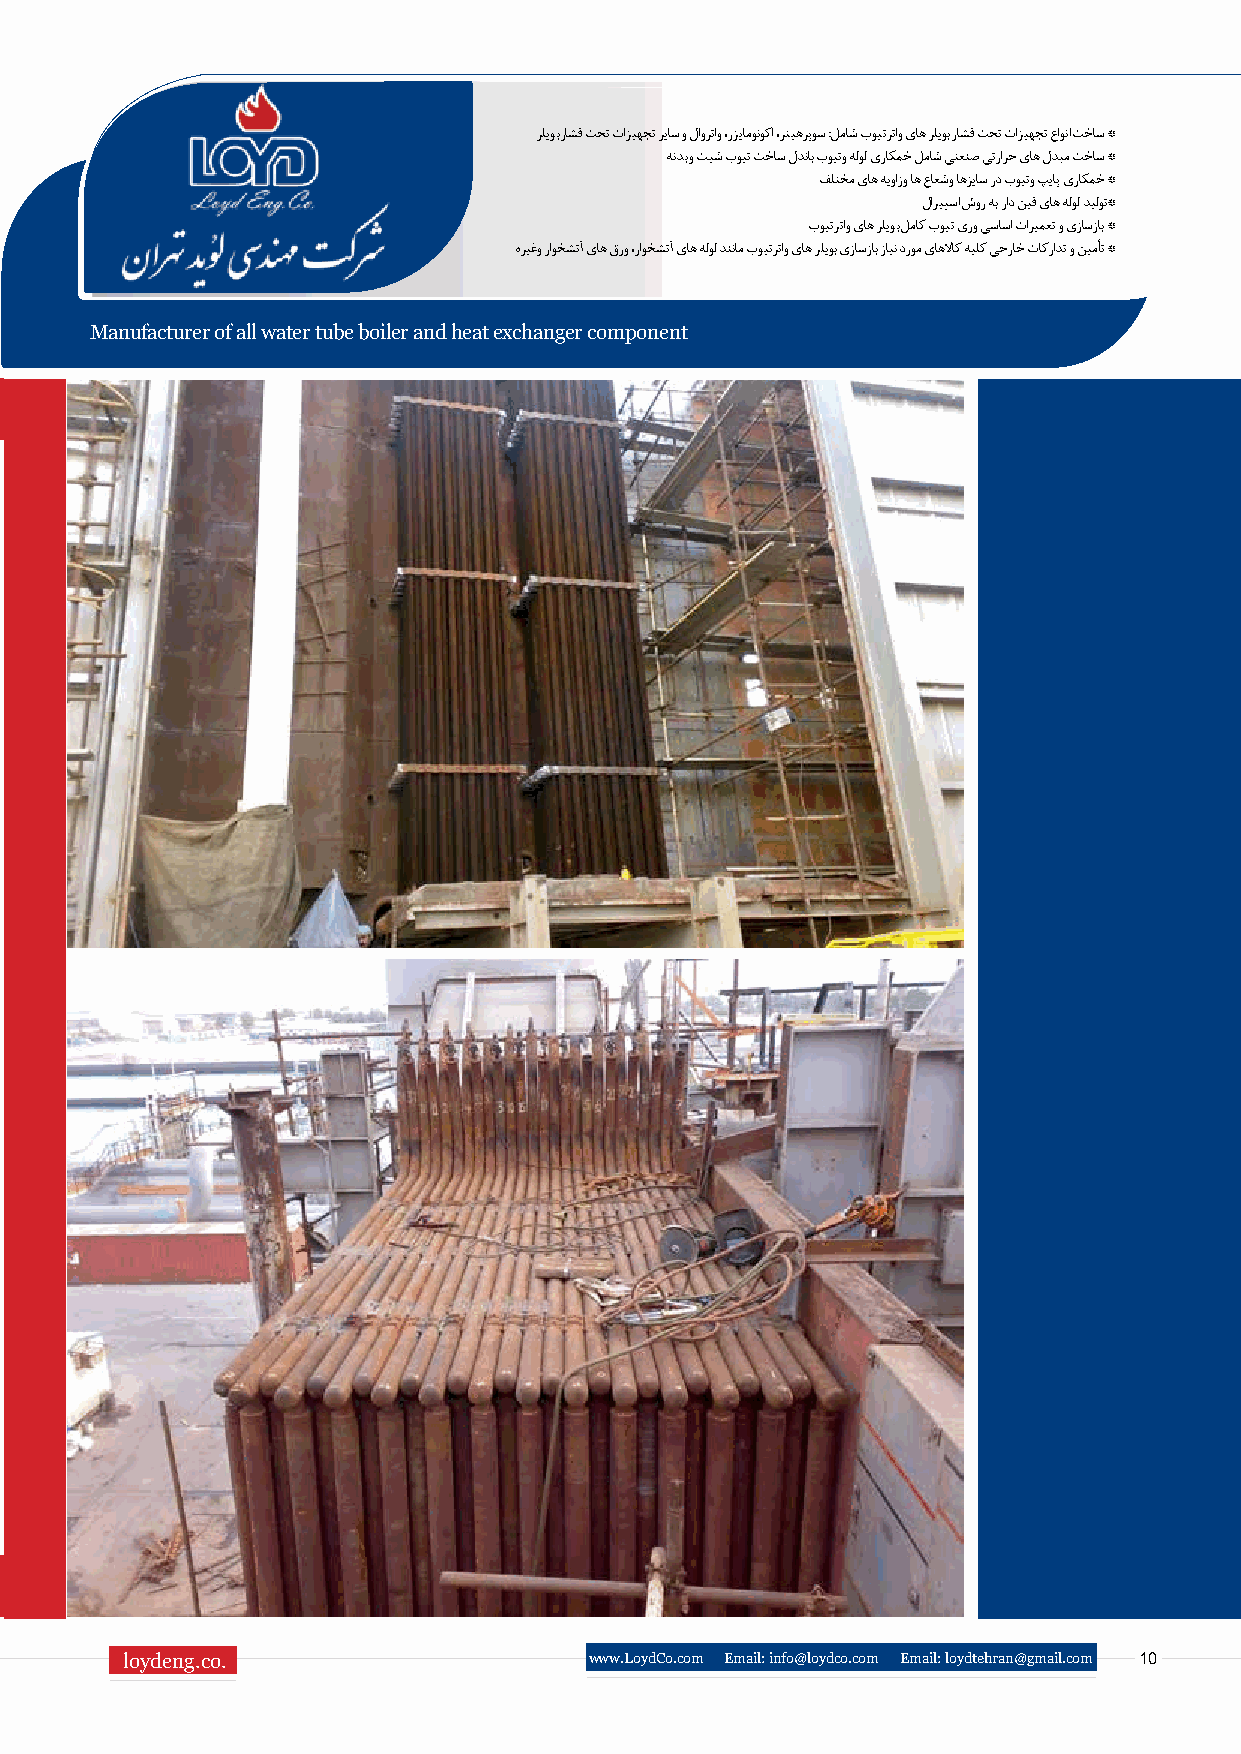
رلیوب راشف تحت تازیهجت ریاس و لاورتاو ،رزیامونوکا ،رتیهرپوس :لماش بویترتاو یاه رلیوب راشف تحت تازیهجت عاونا تخاس *
 هندب و تیش بویت تخاس لدناب بویتو هلول یراکمخ لماش یتعنص یترارح یاه لدبم تخاس *
 فلتخم یاه هیوازو اه عاعشو اهزیاس رد بویتو پیاپ یراکمخ *
 لاریپسا شور هب راد نیف یاه هلول دیلوت*
 بویترتاو یاه رلیوب لماک بویت یرو یساسا تاریمعت و یزاسزاب *
 هریغو راوخشتآ یاه قرو ،راوخشتآ یاه هلول دننام بویترتاو یاه رلیوب یزاسزاب زاین دروم یاهلااک هیلک یجراخ تاکرادت و نیمأت *
 Manufacturer of all water tube boiler and heat exchanger component
 loydeng.co.                    www.LoydCo.com Email: info@loydco.com Email: loydtehran@gmail.com 10